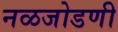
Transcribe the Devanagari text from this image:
नळजोडणी